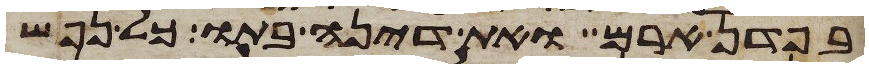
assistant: בפדן ארם ואת דינה בתו כל נפש